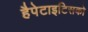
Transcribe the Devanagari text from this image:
हैपेटाइटिसको